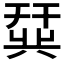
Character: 𫷛